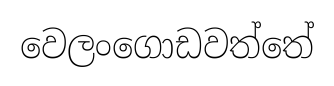
වෙලංගොඩවත්තේ